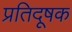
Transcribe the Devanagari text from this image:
प्रतिदूषक